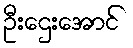
ဦးဌေးအောင်